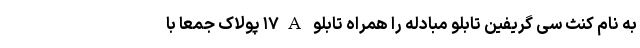
به نام کنث سی گریفین تابلو مبادله را همراه تابلو ۱۷A پولاک جمعا با